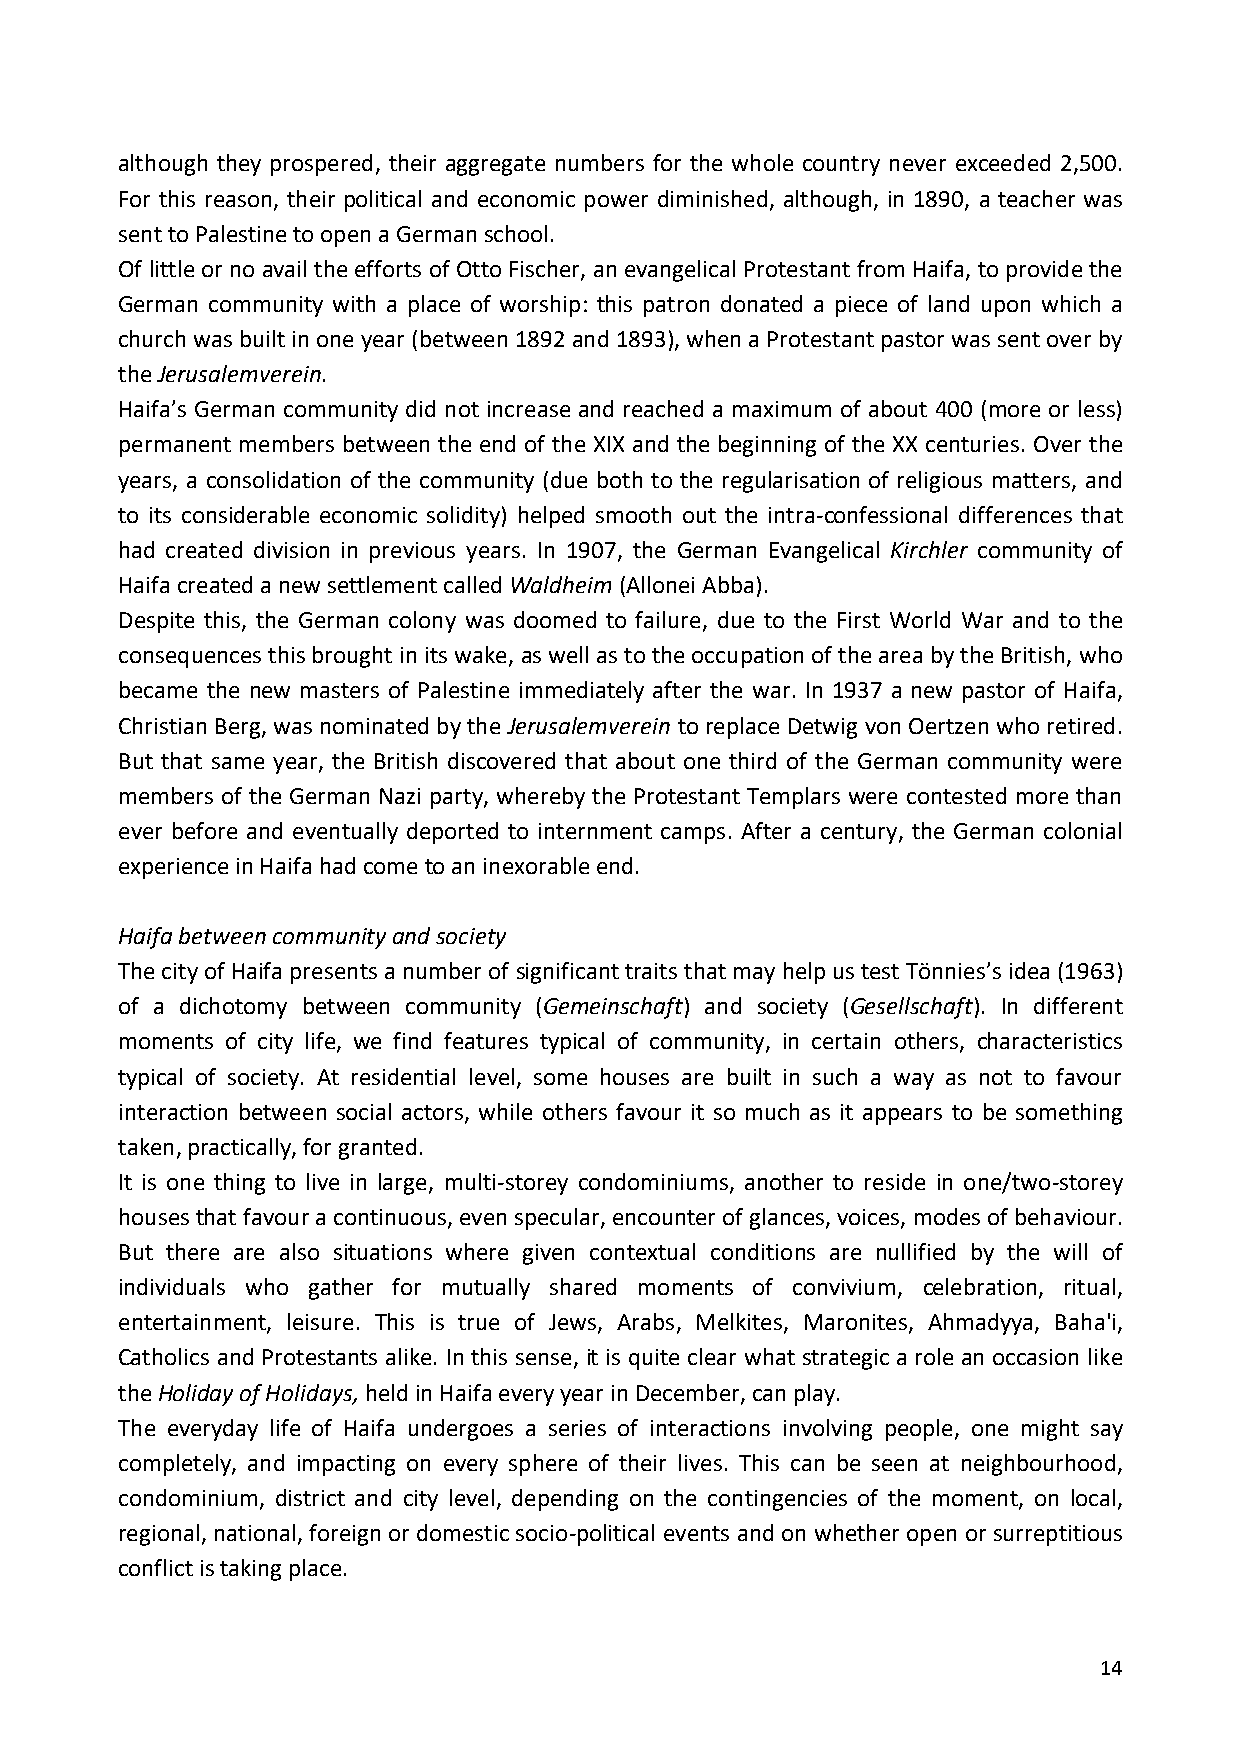
although they prospered, their aggregate numbers for the whole country never exceeded 2,500.
 For this reason, their political and economic power diminished, although, in 1890, a teacher was
 sent to Palestine to open a German school.
 Of little or no avail the efforts of Otto Fischer, an evangelical Protestant from Haifa, to provide the
 German community with a place of worship: this patron donated a piece of land upon which a
 church was built in one year (between 1892 and 1893), when a Protestant pastor was sent over by
 the Jerusalemverein.
 Haifa’s German community did not increase and reached a maximum of about 400 (more or less)
 permanent members between the end of the XIX and the beginning of the XX centuries. Over the
 years, a consolidation of the community (due both to the regularisation of religious matters, and
 to its considerable economic solidity) helped smooth out the intra-confessional differences that
 had created division in previous years. In 1907, the German Evangelical Kirchler community of
 Haifa created a new settlement called Waldheim (Allonei Abba).
 Despite this, the German colony was doomed to failure, due to the First World War and to the
 consequences this brought in its wake, as well as to the occupation of the area by the British, who
 became the new masters of Palestine immediately after the war. In 1937 a new pastor of Haifa,
 Christian Berg, was nominated by the Jerusalemverein to replace Detwig von Oertzen who retired.
 But that same year, the British discovered that about one third of the German community were
 members of the German Nazi party, whereby the Protestant Templars were contested more than
 ever before and eventually deported to internment camps. After a century, the German colonial
 experience in Haifa had come to an inexorable end.
 Haifa between community and society
 The city of Haifa presents a number of significant traits that may help us test Tönnies’s idea (1963)
 of a dichotomy between community (Gemeinschaft) and society (Gesellschaft). In different
 moments of city life, we find features typical of community, in certain others, characteristics
 typical of society. At residential level, some houses are built in such a way as not to favour
 interaction between social actors, while others favour it so much as it appears to be something
 taken, practically, for granted.
 It is one thing to live in large, multi-storey condominiums, another to reside in one/two-storey
 houses that favour a continuous, even specular, encounter of glances, voices, modes of behaviour.
 But there are also situations where given contextual conditions are nullified by the will of
 individuals who gather for mutually shared moments of convivium, celebration, ritual,
 entertainment, leisure. This is true of Jews, Arabs, Melkites, Maronites, Ahmadyya, Baha'i,
 Catholics and Protestants alike. In this sense, it is quite clear what strategic a role an occasion like
 the Holiday of Holidays, held in Haifa every year in December, can play.
 The everyday life of Haifa undergoes a series of interactions involving people, one might say
 completely, and impacting on every sphere of their lives. This can be seen at neighbourhood,
 condominium, district and city level, depending on the contingencies of the moment, on local,
 regional, national, foreign or domestic socio-political events and on whether open or surreptitious
 conflict is taking place.
 14